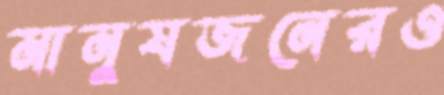
মানুষজনেরও